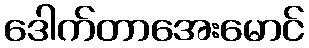
ဒေါက်တာအေးမောင်